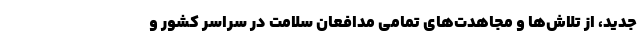
جدید، از تلاش‌ها و مجاهدت‌های تمامی مدافعان سلامت در سراسر کشور و